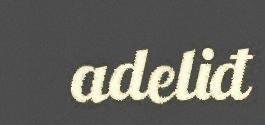
adeliđ